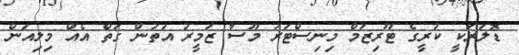
ޑޮލަރަކީ ކުރީގެ ޓޫރިޒަމް މިނިސްޓަރު މޫސާ ޒަމީރު އަތުން ގަތް އެއް މިލިއަން